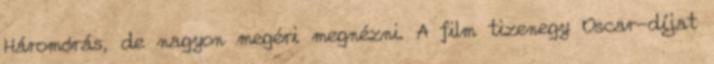
Háromórás, de nagyon megéri megnézni. A film tizenegy Oscar-díjat